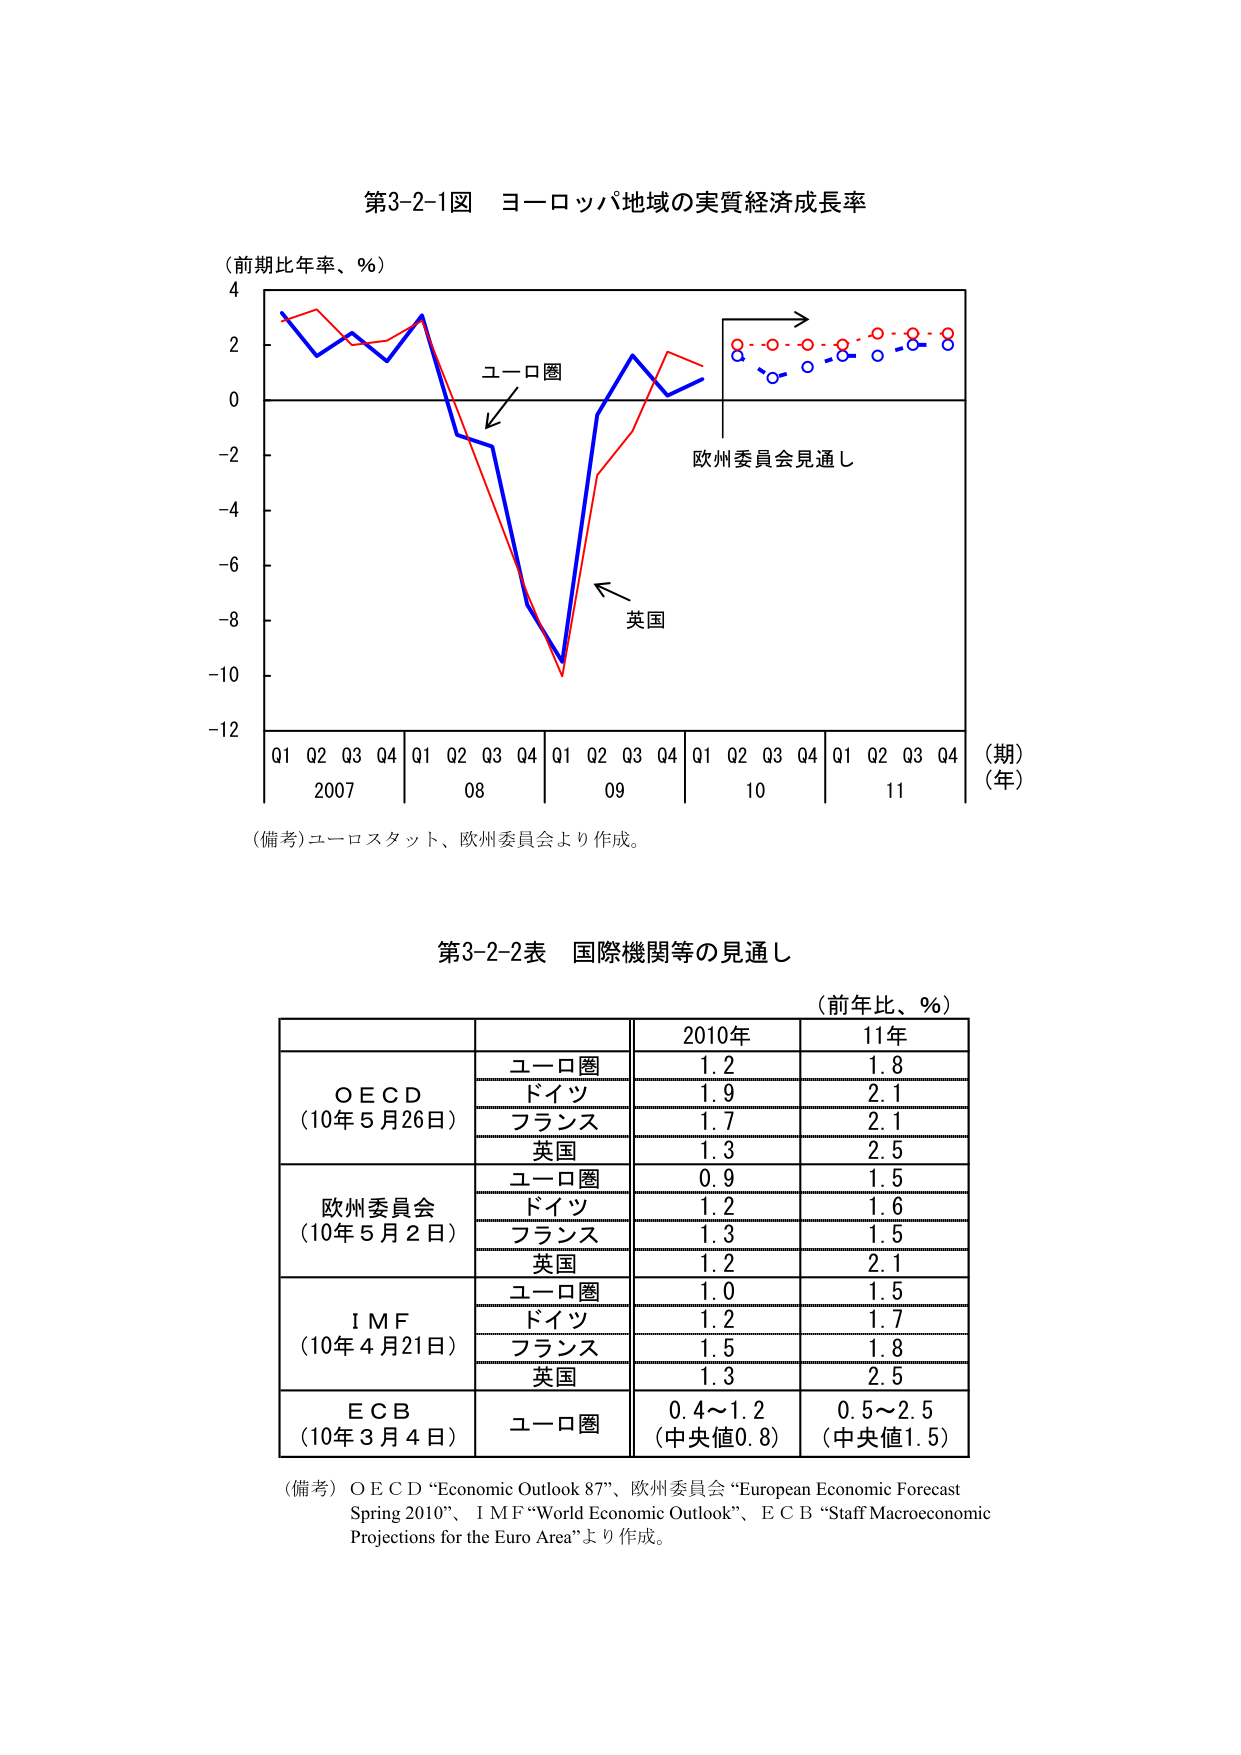
第3-2-1図 ヨーロッパ地域の実質経済成長率
（前期比年率、％）
4
2
0
-2
-4
-6
-8
-10
-12
Q1 Q2 Q3 Q4 Q1 Q2 Q3 Q4 Q1 Q2 Q3 Q4 Q1 Q2 Q3 Q4 Q1 Q2 Q3 Q4
2007 08 09 10 11
（期）
（年）
ユーロ圏
英国
欧州委員会見通し
（備考）ユーロスタット、欧州委員会より作成。

第3-2-2表 国際機関等の見通し
（前年比、％）
| | | 2010年 | 11年 |
|---|---|---|---|
| O E C D （10年5月26日） | ユーロ圏 | 1.2 | 1.8 |
| | ドイツ | 1.9 | 2.1 |
| | フランス | 1.7 | 2.1 |
| | 英国 | 1.3 | 2.5 |
| 欧州委員会 （10年5月2日） | ユーロ圏 | 0.9 | 1.5 |
| | ドイツ | 1.2 | 1.6 |
| | フランス | 1.3 | 1.5 |
| | 英国 | 1.2 | 2.1 |
| I M F （10年4月21日） | ユーロ圏 | 1.0 | 1.5 |
| | ドイツ | 1.2 | 1.7 |
| | フランス | 1.5 | 1.8 |
| | 英国 | 1.3 | 2.5 |
| E C B （10年3月4日） | ユーロ圏 | 0.4～1.2 （中央値0.8） | 0.5～2.5 （中央値1.5） |
（備考）O E C D “Economic Outlook 87”、欧州委員会 “European Economic Forecast Spring 2010”、I M F “World Economic Outlook”、E C B “Staff Macroeconomic Projections for the Euro Area”より作成。